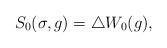
LaTeX: \begin{align*}S_{0}(\sigma,g) = \triangle W_{0}(g) ,\end{align*}